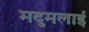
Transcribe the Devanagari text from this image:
मदुमलाई